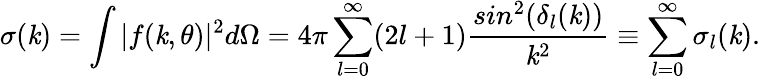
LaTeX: \sigma(\mathit{k})=\int|f(\mathit{k},\theta)|^{2}d\Omega=4\pi\sum_{l=0}^{\infty}(2l+1)\frac{{sin^{2}(\delta_{l}(\mathit{k}))}}{{\mathit{k}^{2}}}\equiv\sum_{l=0}^{\infty}\sigma_{l}(\mathit{k}).